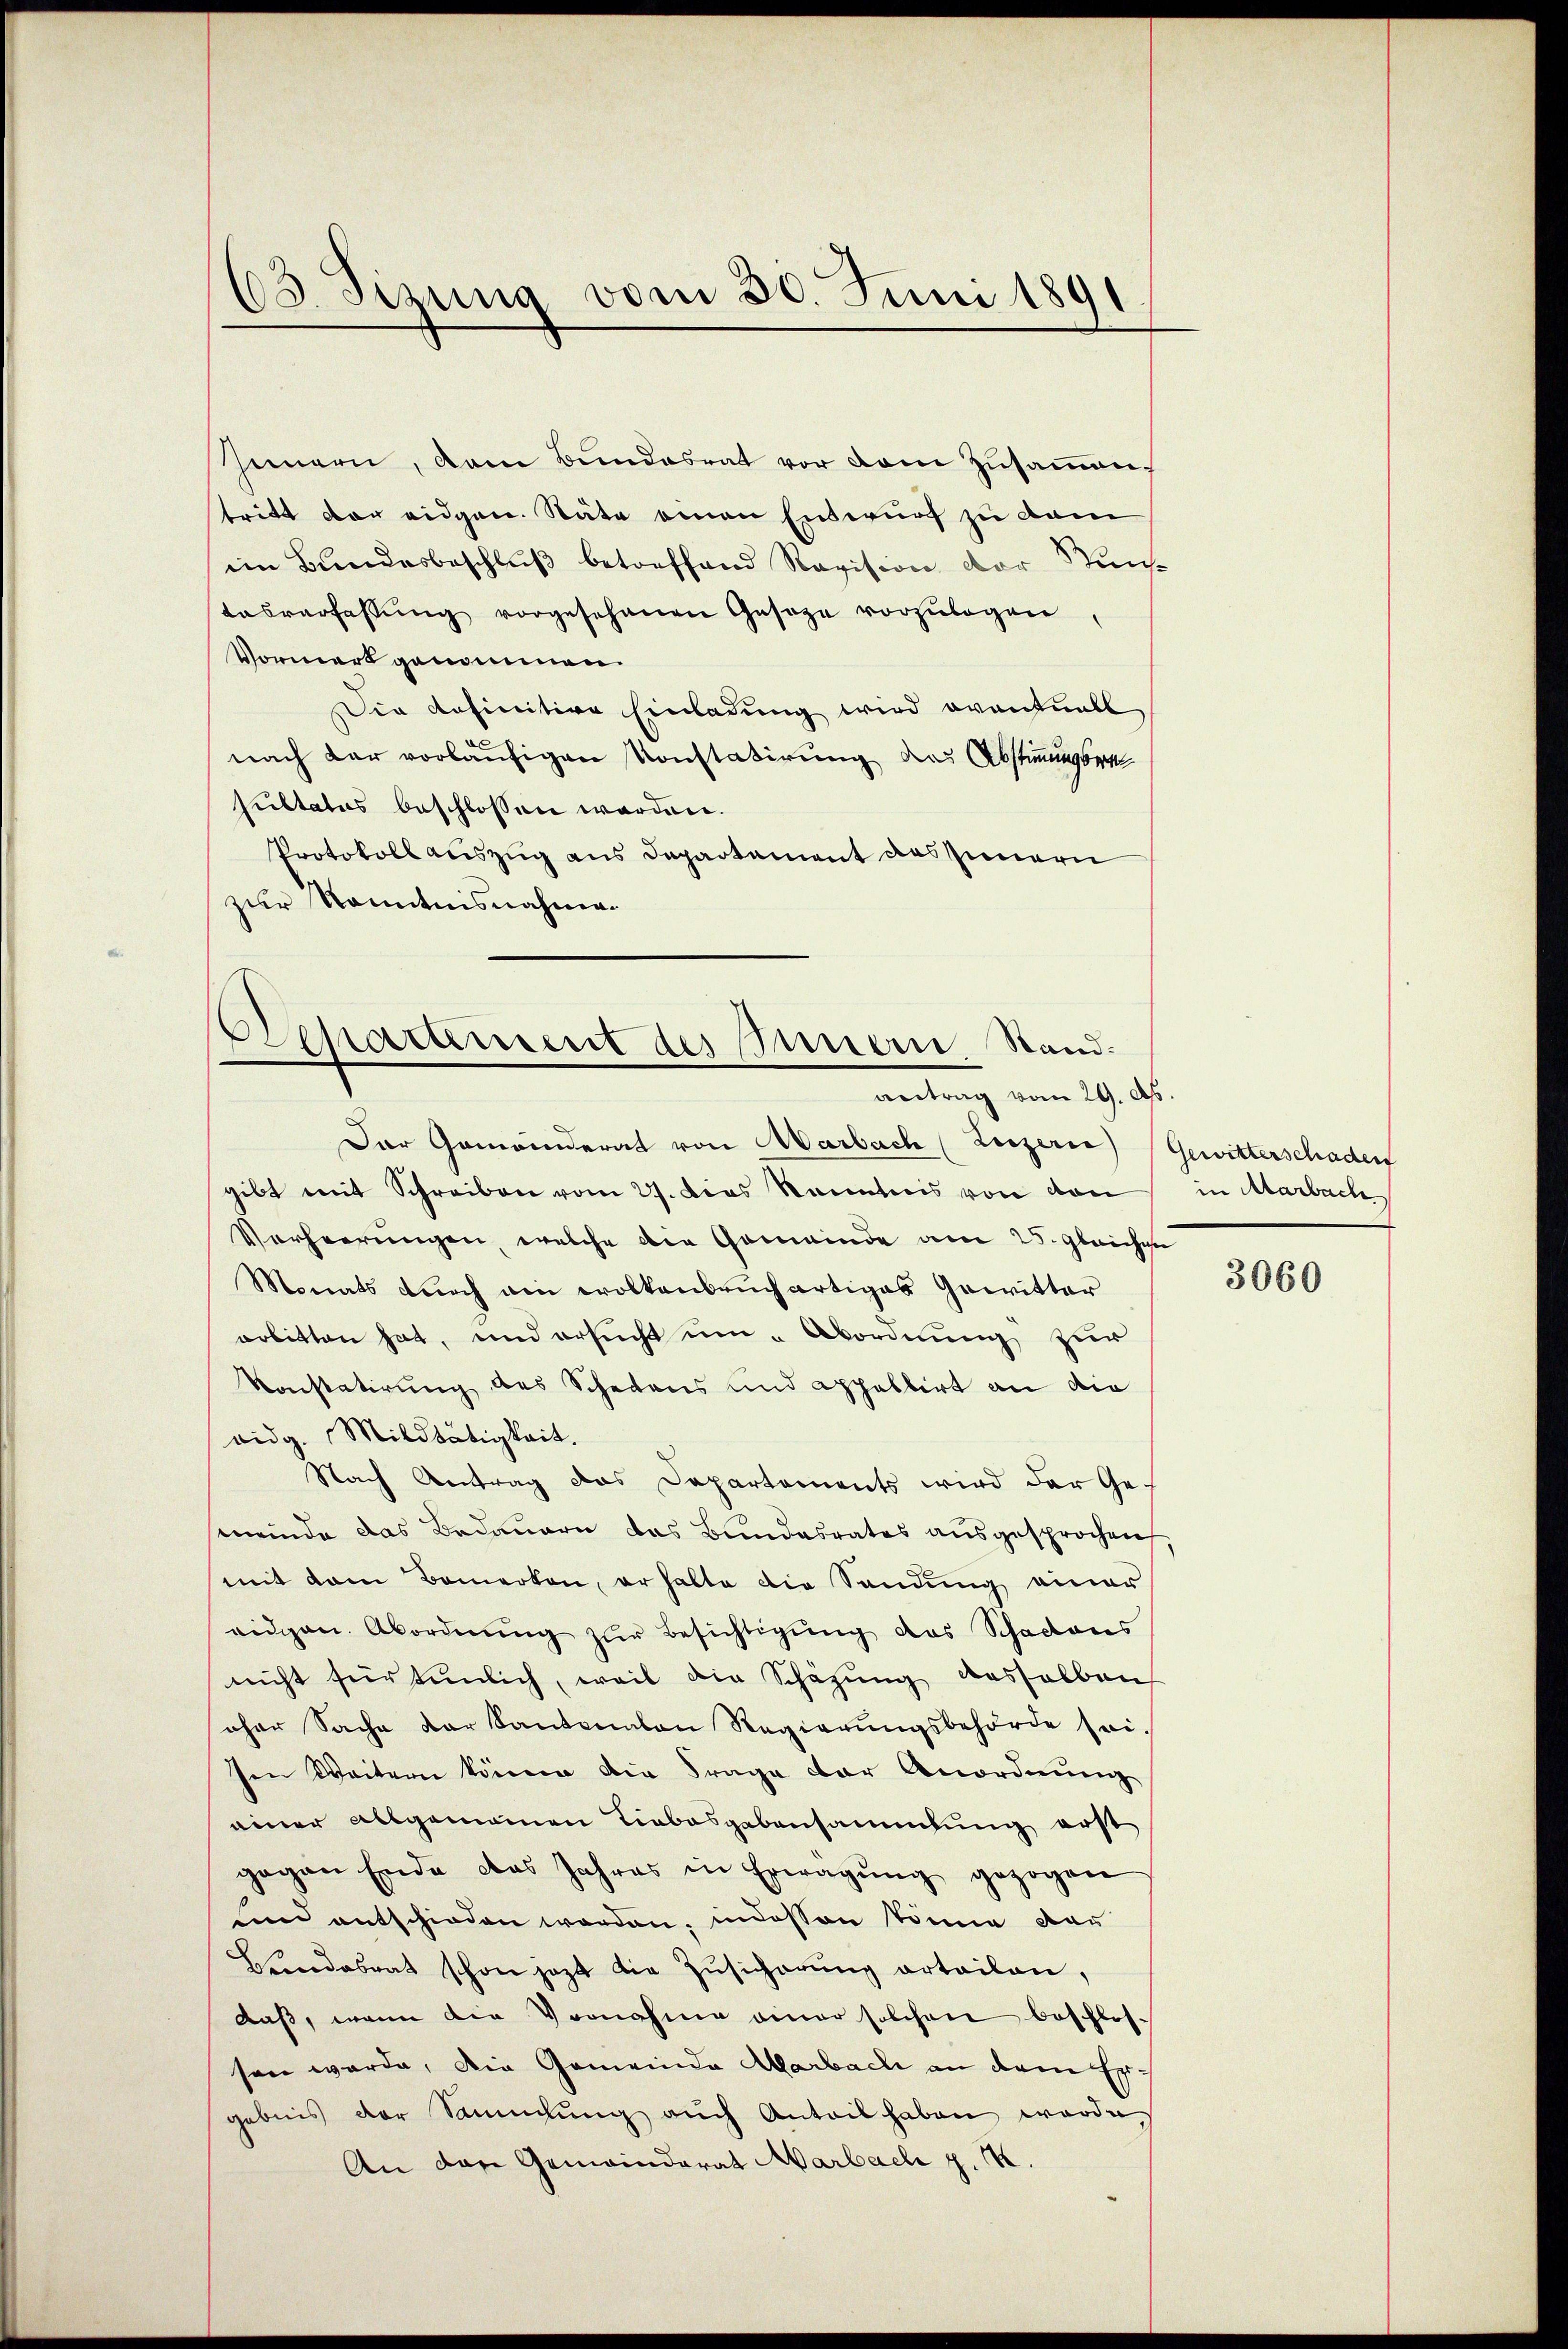
13. Sizung vom 30. Juni 1891

Jennern, dem Bundesrat vor dem Zusammen,
tritt der eidgen. Stäte einen Entwurf zu dam
im Bundesbeschluß betreffend Revision der Stuntasverfassŭng vorgesehenen Geseze vorzulegen
Vormerk genommen.
Die definitive Einladung wird oventuell
nach dar vorläufigen Konstatirung des Abstimmungsrat
sultatus beschlossen worden.
Protokoll auszug aus Departement des Innern
zur Kenntnisnahme.

Departement des Innern, Standantrag vom 29. d.

Der Gemeinderat von Marbach (Luzerne Gewitterschaden
gibt mit Schreiben vom 27. Dies kanntnis von von
Verheerungen, welche die Gemeinde am 25. gleiche
Monats durch ein wolkenbruchartiges Gewitter
arbitten hat, und ersucht um Abordnung zur
Konstatirung des Schadens und appellirt an die
oidg. Mildtätigkeit.
Nach Antrag das Departements wird der Gemeinde das Bedauern das Bundesrates ausgesprochen
mit dem Bemerken, er halte die Sendung einer
eidgen. Abordnŭng zŭr Besichtigŭng das Schadens
nicht für tunlich, weil die Schäzung desselben
oher Sache der Kantonalen Regierŭngsbehörde seisen Weitern könne die Frage der Anordnung
einer allgemeinen Liebesgabensammlung erst
gegen Ende das Jahres in Erwägŭng gezogen
sind entschieden worden, indessen könne dar
Hundesrat schon jezt die Zŭsicherŭng erteilen,
daß, wenn die Vornahme einer solchen beschlos-
sen wurde, die Gemeinde Marbach an dem Ergebnis der Sammlung auch Anteil haben werde
An den Gemeinderat Marbach z. B.

in Marbach

3060